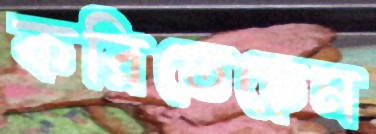
করিতেছেন